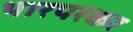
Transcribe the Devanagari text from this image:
थारपरकर